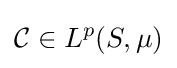
{\mathcal {C}}\in L^{p}(S,\mu )